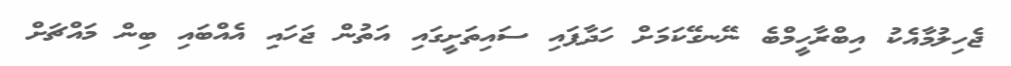
ޖެހިލުމާއެކު އިބްރާހީމްބެ ނޭނގޭކަމަށް ހަދާފައި ސައިތަށީގައި އަތުން ޖަހައި އެއްބައި ބިން މައްޗަށް